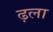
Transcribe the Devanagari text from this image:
ढ़ला